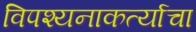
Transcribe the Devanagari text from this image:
विपश्यनाकर्त्याचा